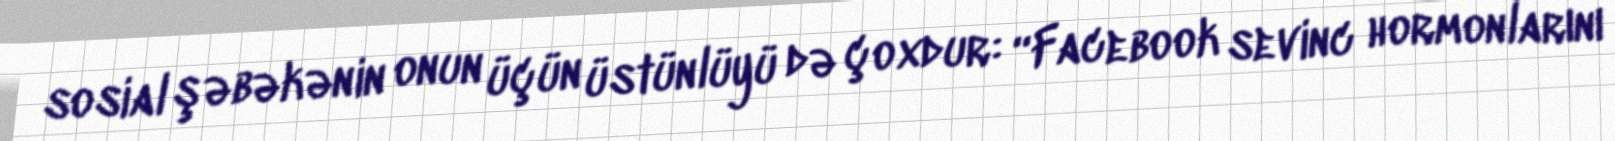
sosial şəbəkənin onun üçün üstünlüyü də çoxdur: “Facebook sevinc hormonlarını